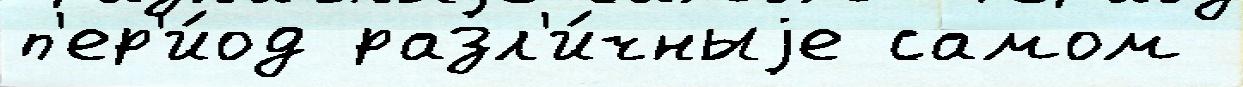
п'ер'и́од разл'и́чныjе самом